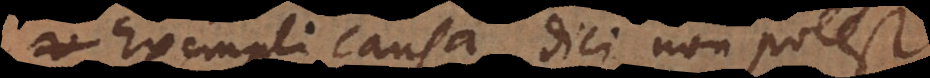
Exempli causa dici non potest